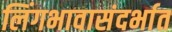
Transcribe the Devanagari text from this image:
लिंगभावासंदर्भात